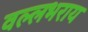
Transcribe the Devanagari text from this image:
वल्‍लभराय